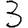
Digit: 3